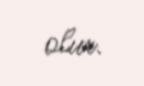
olur.